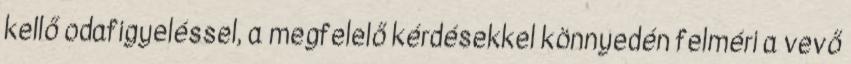
kellő odafigyeléssel, a megfelelő kérdésekkel könnyedén felméri a vevő